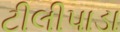
ટીલીપાડા